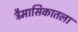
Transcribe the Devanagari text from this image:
त्रैमासिकातला